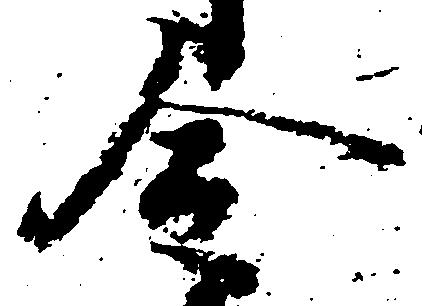
令